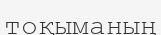
тоқыманың